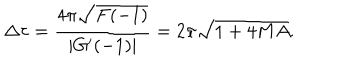
LaTeX: \Delta \tau = { \frac { 4 \pi \sqrt { F ( - 1 ) } } { | G ^ { \prime } ( - 1 ) | } } = 2 \pi \sqrt { 1 + 4 M A } .